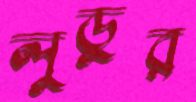
লুডুর